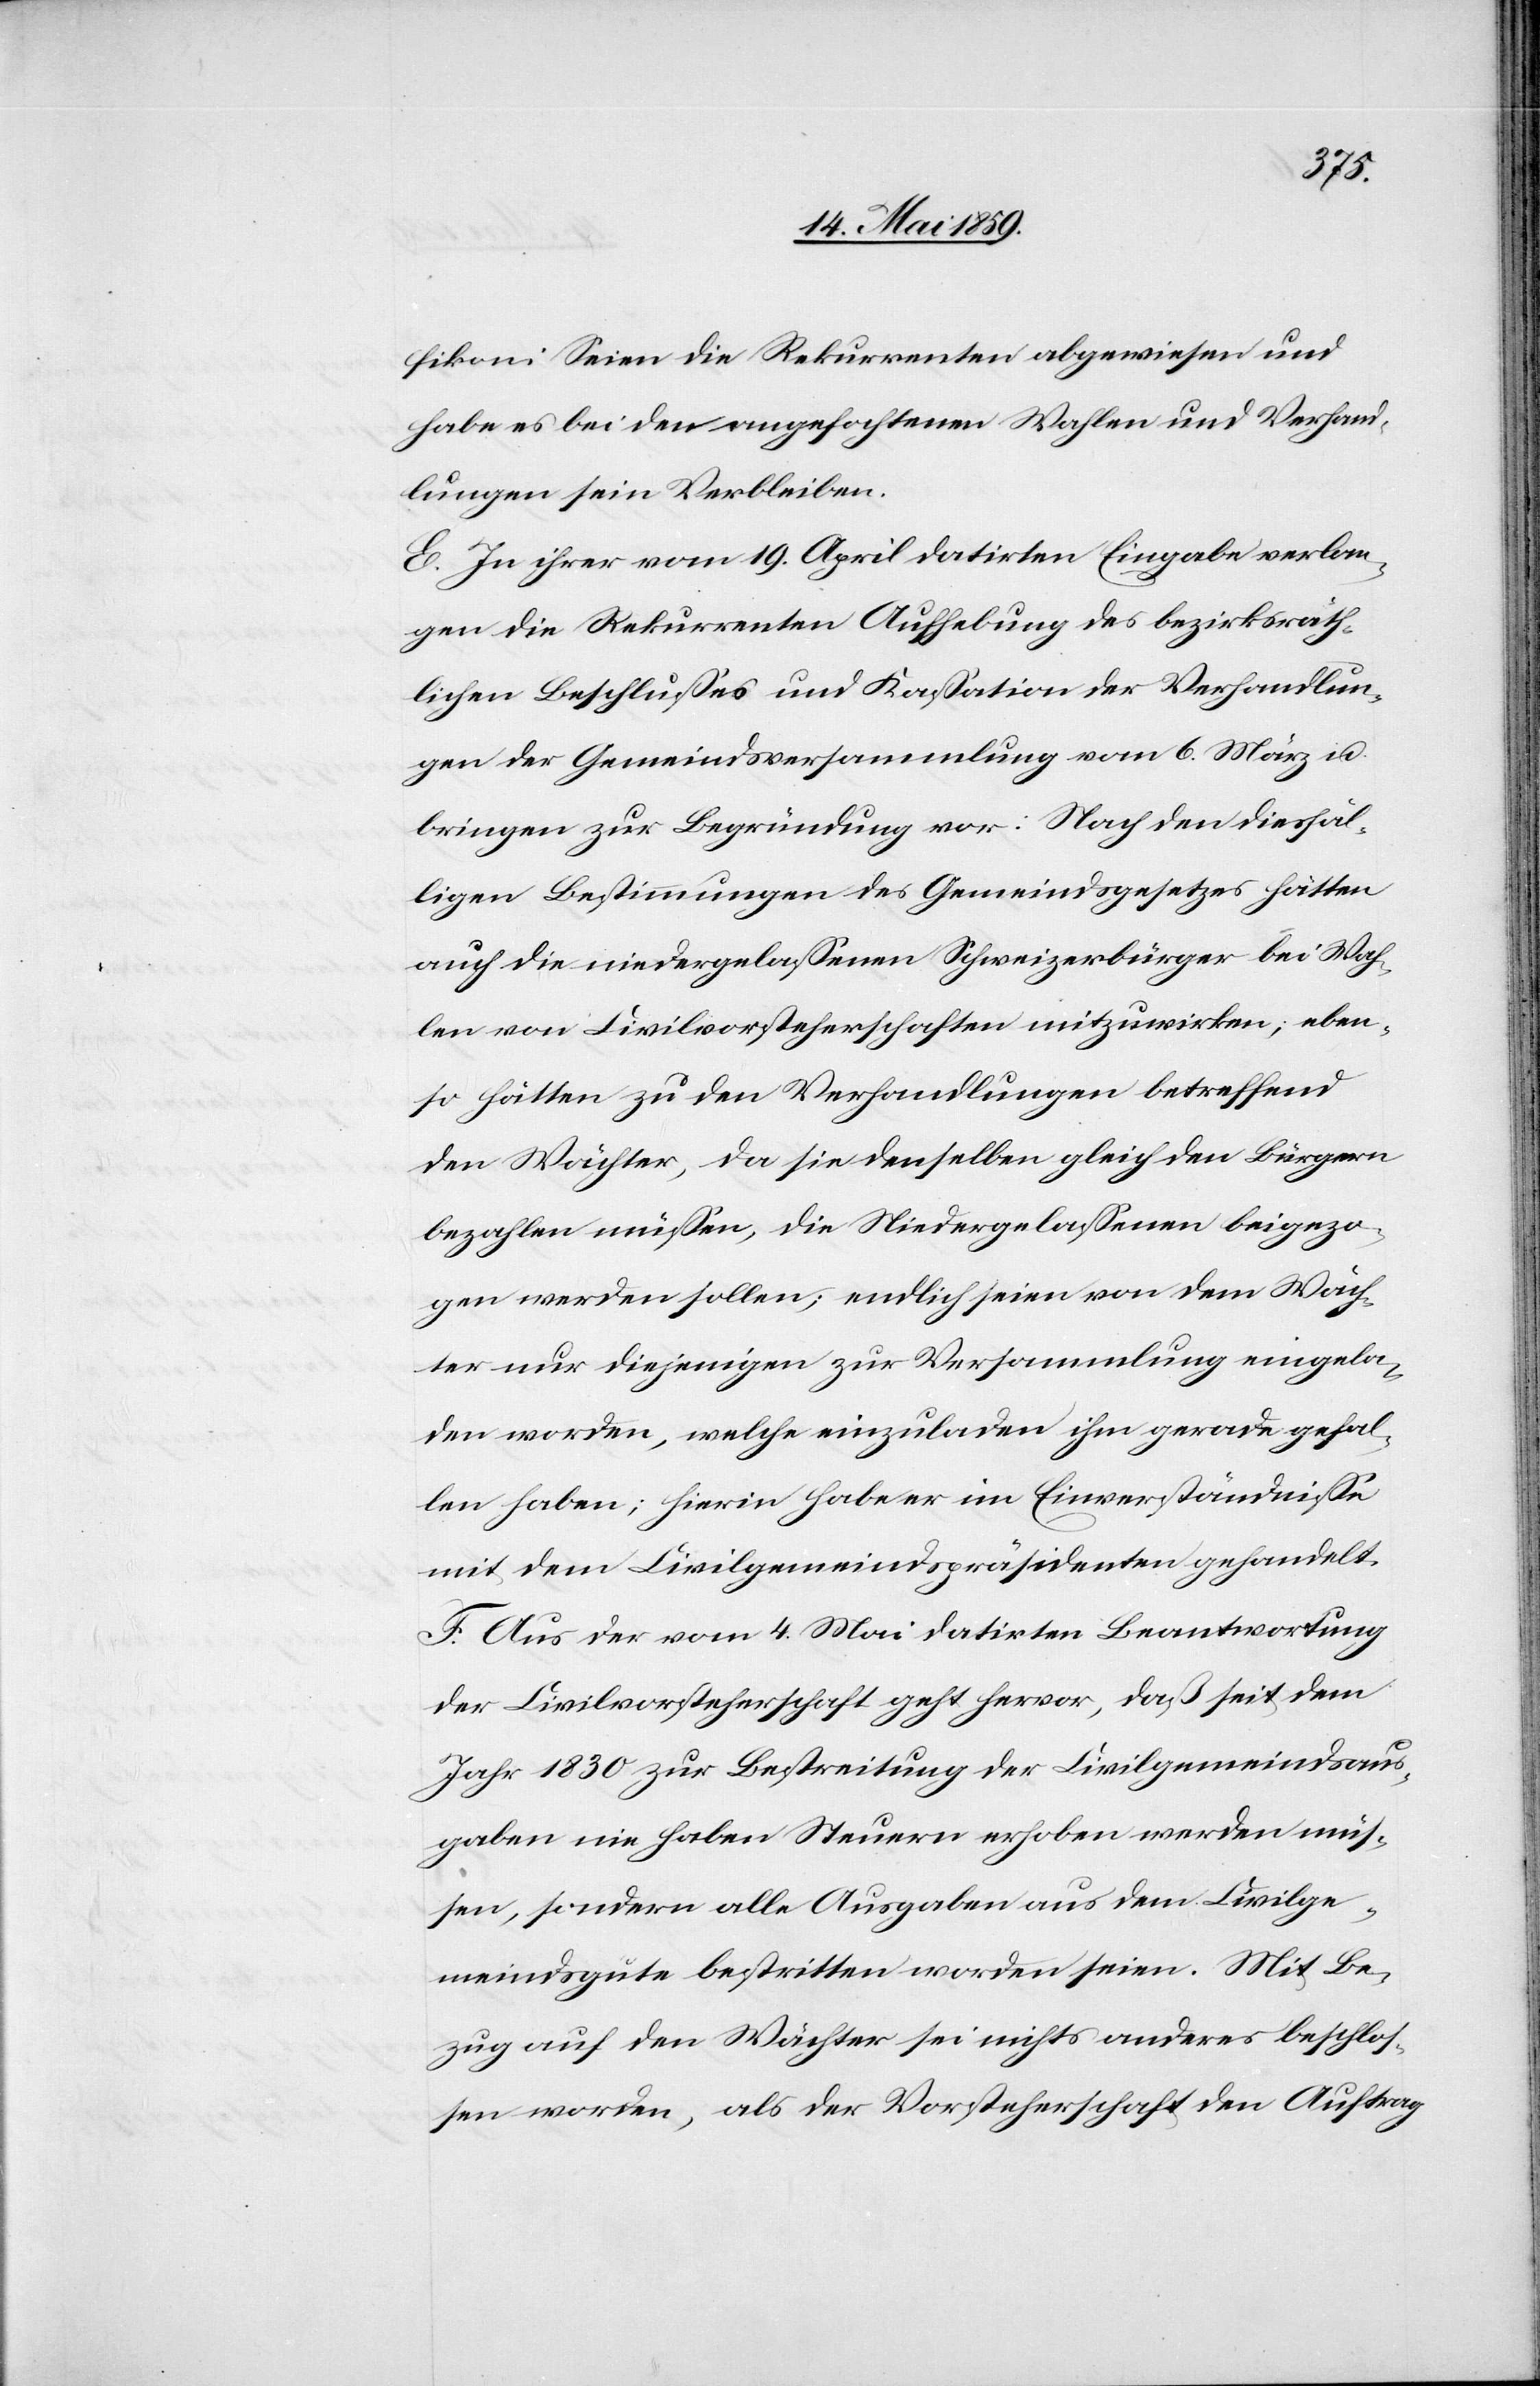
fikon: Seien die Rekurrenten abgewiesen und
habe es bei den angefochtenen Wahlen und Verhand¬
lungen sein Verbleiben.
E. In ihrer vom 19. April datirten Eingabe verlan¬
gen die Rekurrenten Aufhebung des bezirksräth¬
lichen Beschlußes und Kaßation der Verhandlun¬
gen der Gemeindsversammlung vom 6. März u.
bringen zur Begründung vor: Nach den diesfäl¬
ligen Bestimmungen des Gemeindsgesetzes hätten
auch die niedergelaßenen Schweizerbürger bei Wah¬
len von Civilvorsteherschaften mitzuwirken; eben¬
so hätten zu den Verhandlungen betreffend
den Wächter, da sie denselben gleich den Bürgern
bezahlen müßen, die Niedergelaßenen beigezo¬
gen werden sollen; endlich seien von dem Wäch¬
ter nur diejenigen zur Versammlung eingela¬
den worden, welche einzuladen ihm gerade gefal¬
len haben; hierin habe er im Einverständniße
mit dem Civilgemeindspräsidenten gehandelt.
F. Aus der vom 4. Mai datirten Beantwortung
der Civilvorsteherschaft geht hervor, daß seit dem
Jahr 1830 zur Bestreitung der Civilgemeindsaus¬
gaben nie haben Steuern erhoben werden müß¬
en, sondern alle Ausgaben aus dem Civilge¬
meindsgute bestritten worden seien. Mit Be¬
zug auf den Wächter sei nichts anderes beschloß¬
en worden, als der Vorsteherschaft den Auftrag